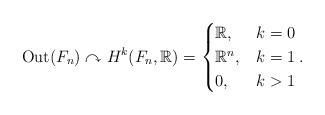
LaTeX: \begin{align*}\mathrm{Out}(F_n)\curvearrowright H^k(F_n,\mathbb{R})=\begin{cases}\mathbb{R},& k=0\\\mathbb{R}^n,& k=1\\0,& k>1\\\end{cases}.\end{align*}